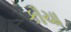
કૌચા